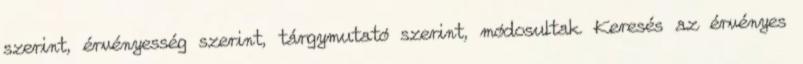
szerint, érvényesség szerint, tárgymutató szerint, módosultak Keresés az érvényes